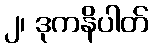
၂၊ ဒုကနိပါတ်